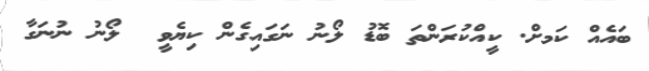
ބައެއް ކަމށް. ކީއްކުރަންތަ ބޮޑު ލޯނު ނަގައިގެން ކިޔެވީ  ލޯނު ނުނަގާ